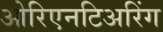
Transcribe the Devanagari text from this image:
ओरिएनटिअरिंग